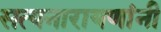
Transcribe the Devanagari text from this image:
सत्यनारायणांनी